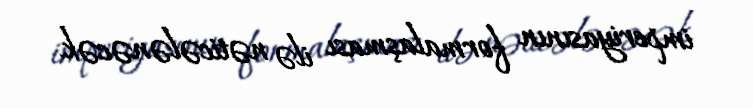
imperiyasının formalaşması ilə nəticələnəcək.